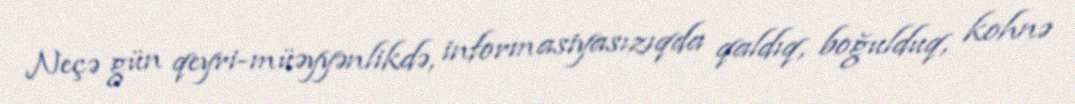
Neçə gün qeyri-müəyyənlikdə, informasiyasızıqda qaldıq, boğulduq, kohnə